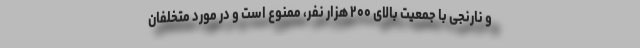
و نارنجی با جمعیت بالای ۲۰۰ هزار نفر، ممنوع است و در مورد متخلفان